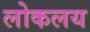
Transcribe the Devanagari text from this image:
लोकलय